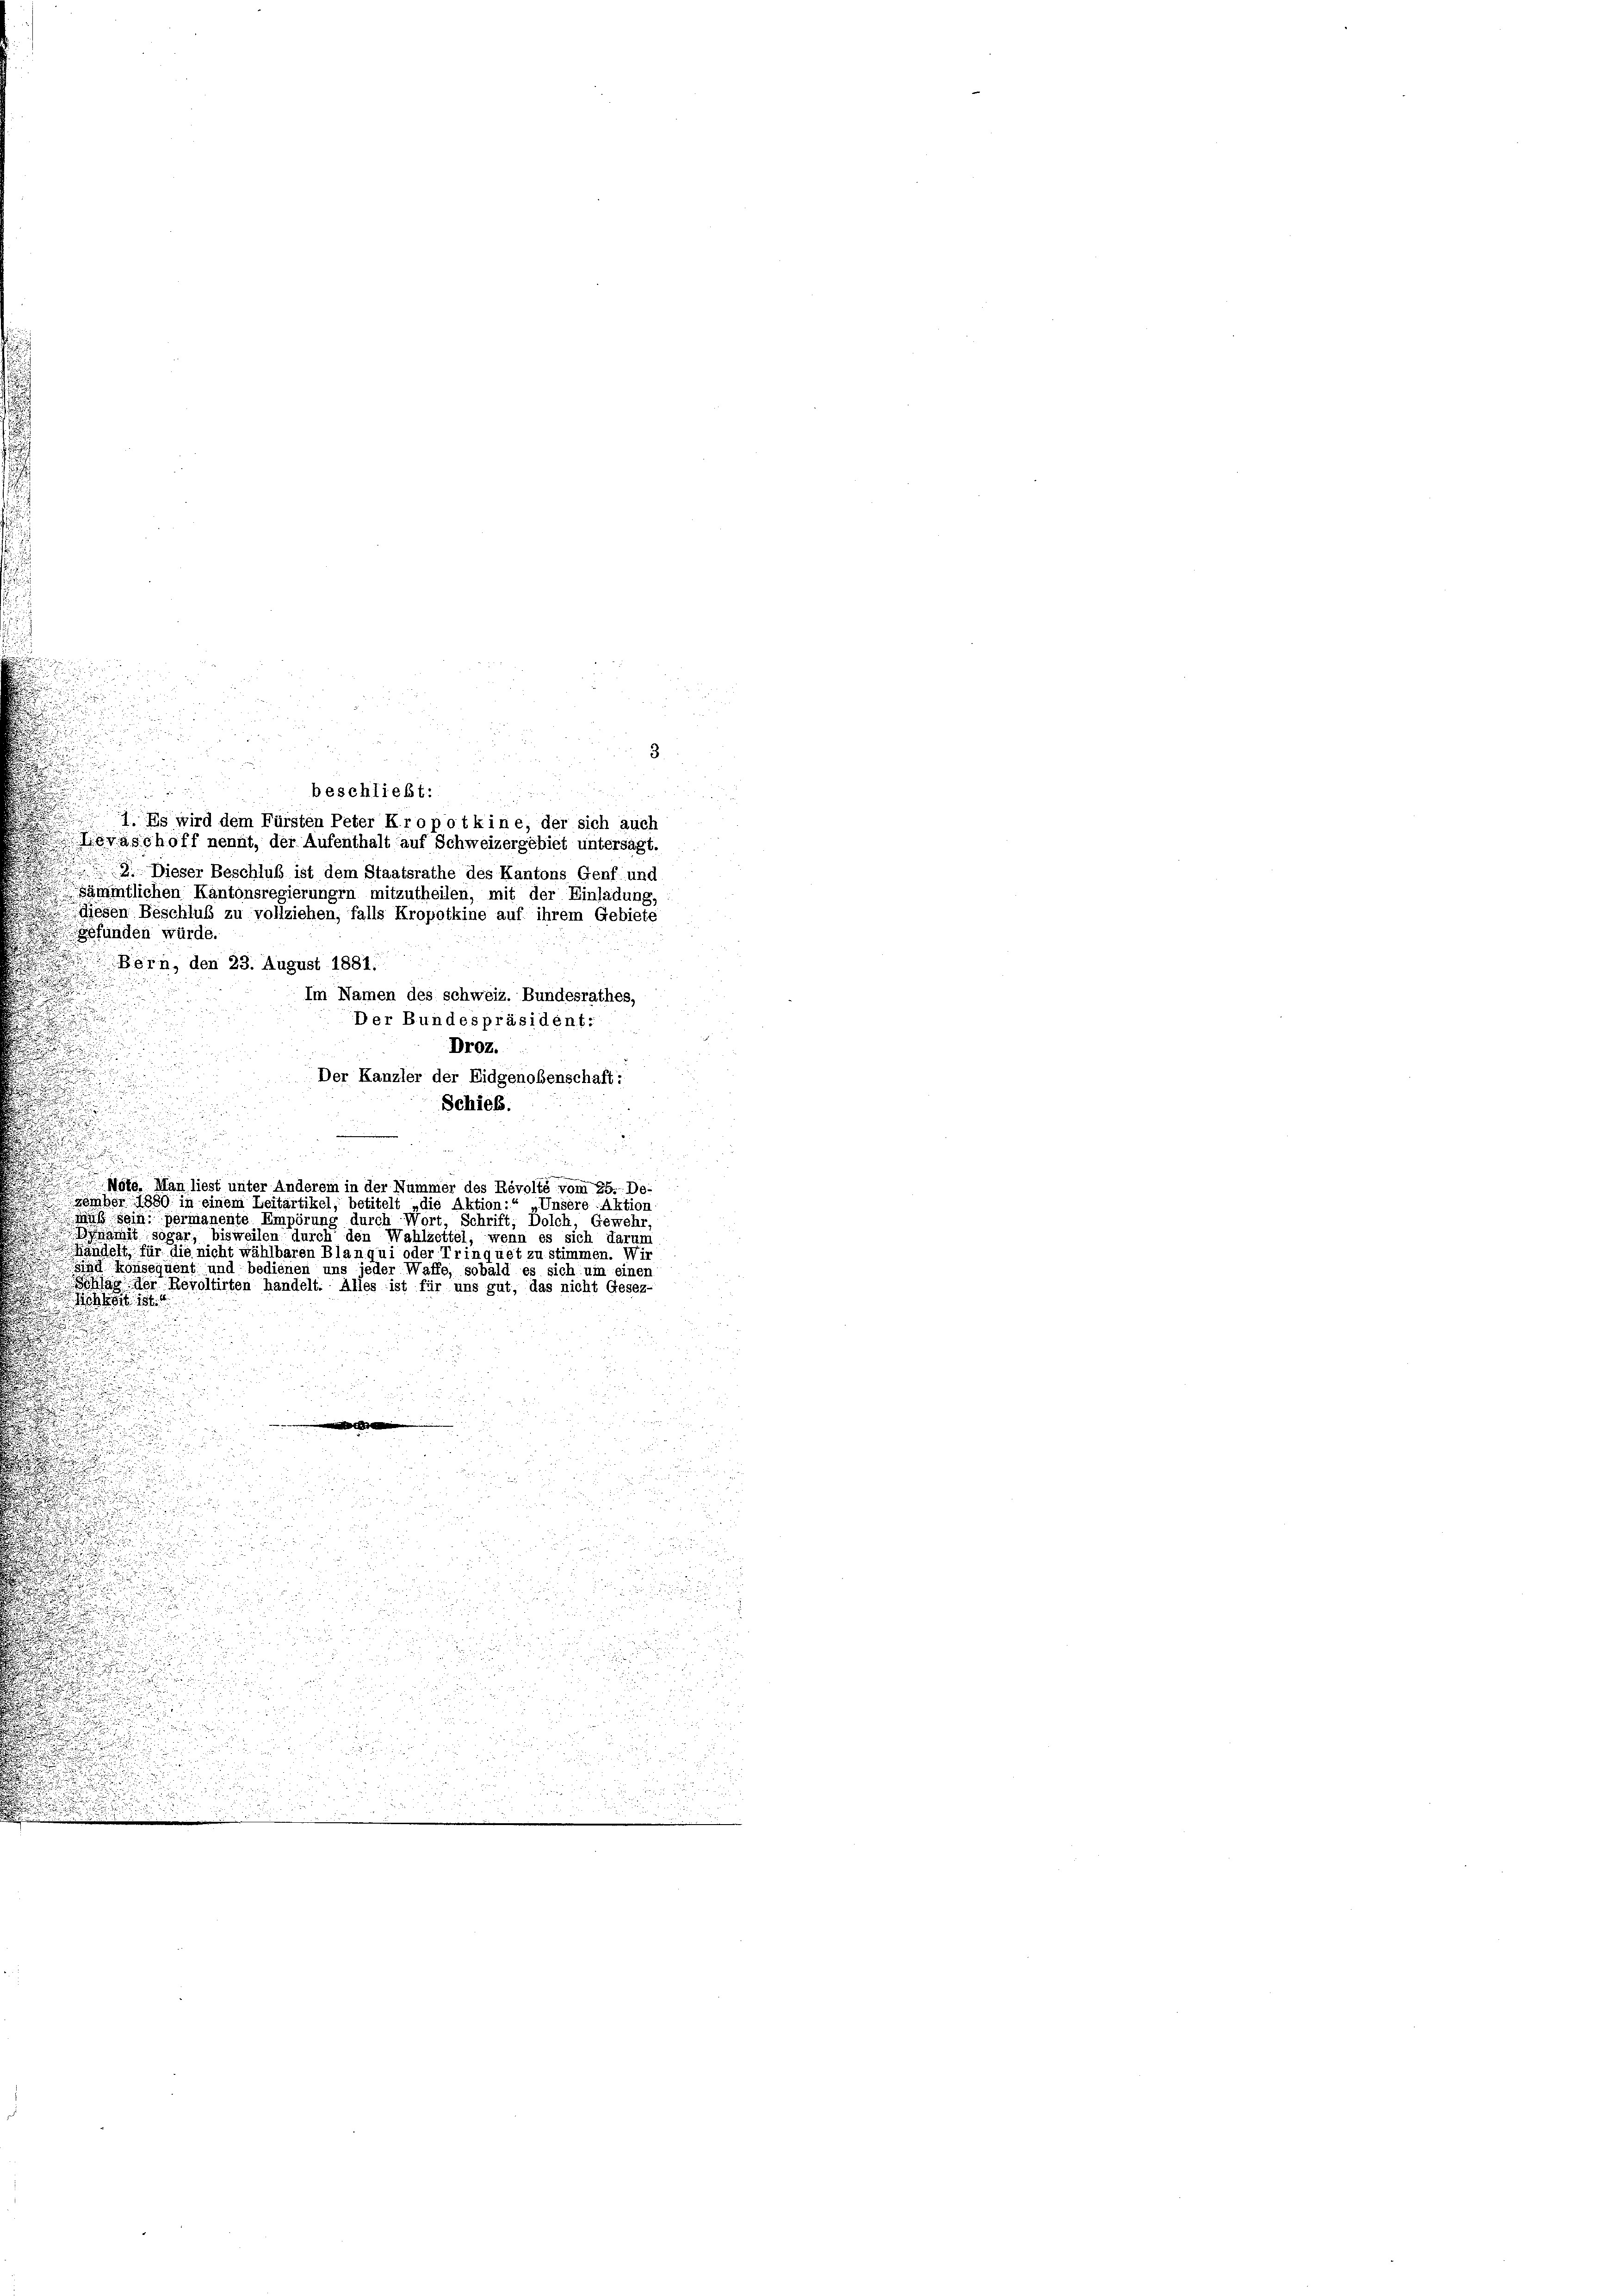
1. Es wird dem Fürsten Peter Kro pot kine, der sich auch
Levaschoff nennt, der Aufenthalt auf Schweizergebiet untersagt.
2. Dieser Beschluß ist dem Staatsrathe des Kantons Genf und
.
sämmtlichen Kantonsregierungen mitzutheilen, mit der Einladung,
diesen Beschluß zu vollziehen, falls Kropotkine auf ihrem Gebiete
gefunden würde.
Bern, den 23. August 1881.
Im Namen des schweiz. Bundesrathes,
Der Bundespräsident.
Droz.
Der Kanzler der Eidgenobenschaft:
Schieß.

n
n

u

Moso Man liest unter Anderem in der Nummer des Revolte vom 25. De-
zember 1880 in einem Zeitartikel, betitelt „die Aktion:
». Unsere Aktion
muß sein: permanente Empörung durch Wort, Schrift, Dolch, Gewehr,
Dynamit sogar, bisweilen durch den Wahlzettel, wenn es sich darum
Handelt, für die nicht wählbaren Blanqui oder Trinquet zu stimmen. Wir
sind konsequent und bedienen uns jeder Waffe, sobald es sich um einer
Schlag der Revoltirten handelt. Alles ist für uns gut, das nicht Gesez-
156
e
¬
d
¬
u
u
d

.

n
u
.

.
  12

.

.

beschließt: